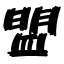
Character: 盟